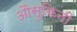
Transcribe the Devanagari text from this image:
औसुकिनी